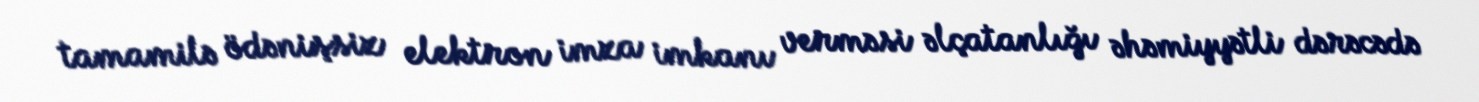
tamamilə ödənişsiz elektron imza imkanı verməsi əlçatanlığı əhəmiyyətli dərəcədə